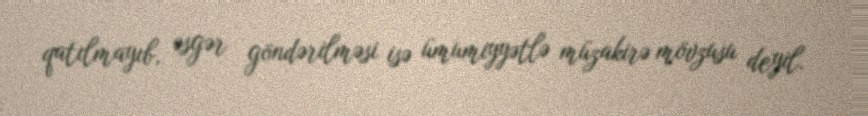
qatılmayıb, əsgər göndərilməsi isə ümumiyyətlə müzakirə mövzusu deyil.